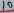
Text: 10